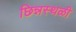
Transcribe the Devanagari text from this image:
छिन्नस्थळी